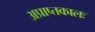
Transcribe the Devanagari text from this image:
अप्राप्तकालः